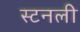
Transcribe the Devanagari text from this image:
स्टनली